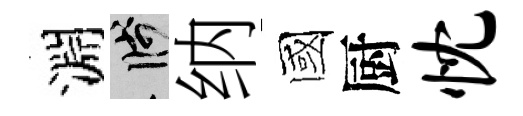
淵箋纳國厨忱